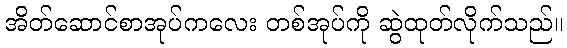
အိတ်ဆောင်စာအုပ်ကလေး တစ်အုပ်ကို ဆွဲထုတ်လိုက်သည်။